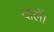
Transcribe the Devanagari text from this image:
दालें।